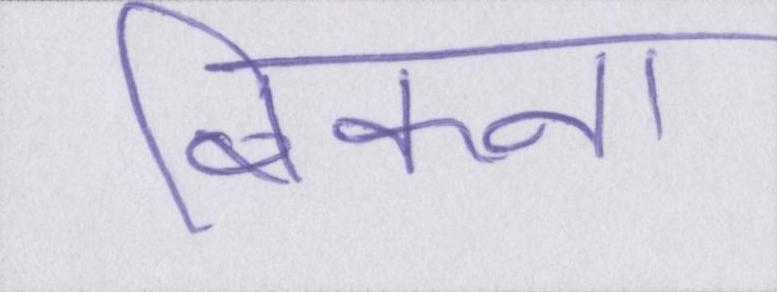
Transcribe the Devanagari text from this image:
बिकना